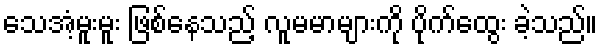
သေအံ့မူးမူး ဖြစ်နေသည့် လူမမာများကို ပိုက်ထွေး ခဲ့သည်။